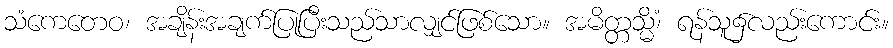
သံကေတေဝ၊ အချိန်းအချက်ပြုပြီးသည်သာလျှင်ဖြစ်သော။ အမိတ္တသ္မိံ၊ ရန်သူ၌လည်းကောင်း။